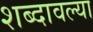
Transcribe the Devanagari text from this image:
शब्दावल्या